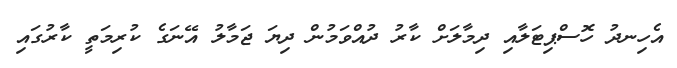
އެހިނދު ހޮސްޕިޓަލާއި ދިމާލަށް ކާރު ދުއްވަމުން ދިޔަ ޖަމާލު އޭނަގެ ކުރިމަތީ ކާރުގައި